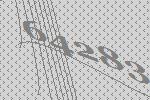
64283